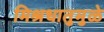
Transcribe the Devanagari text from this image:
मिश्रधातुमुळे